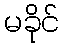
မခိုင်